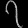
Digit: ၇